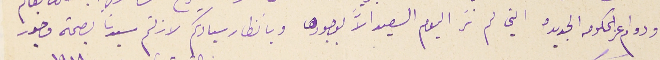
ودوام عز الحكومه الجديده التي لم نرَ اليوم السعيد الاَّ بوجودها وبانظار سيادتكم لازلتم سيدنا بصحة وخير